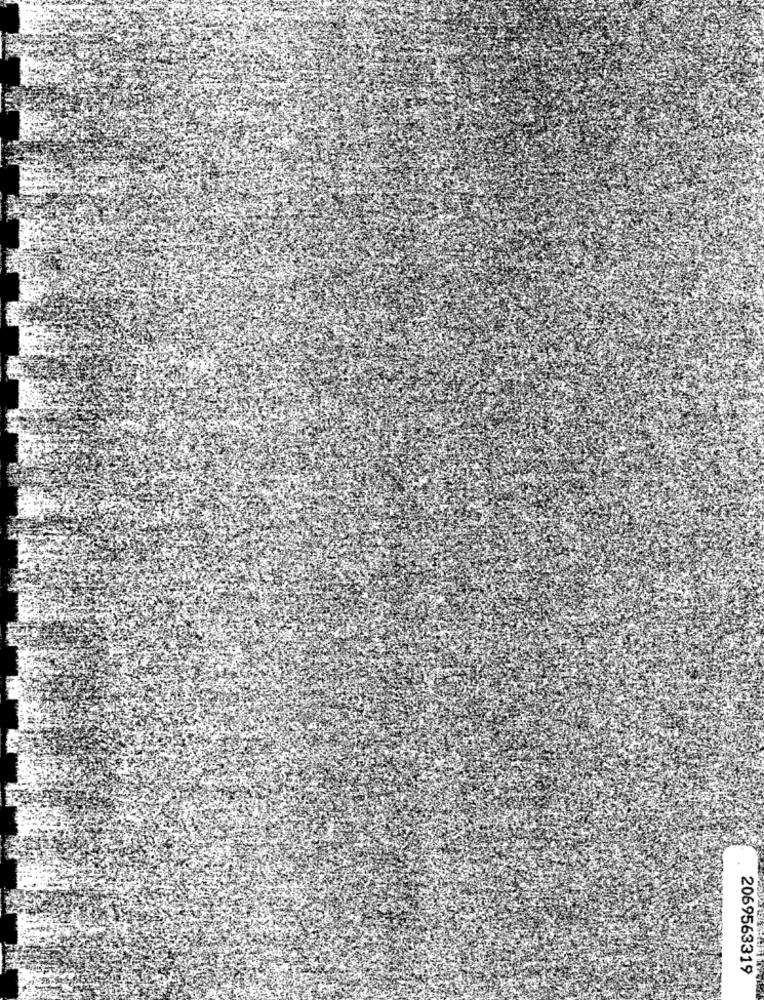
2069563319